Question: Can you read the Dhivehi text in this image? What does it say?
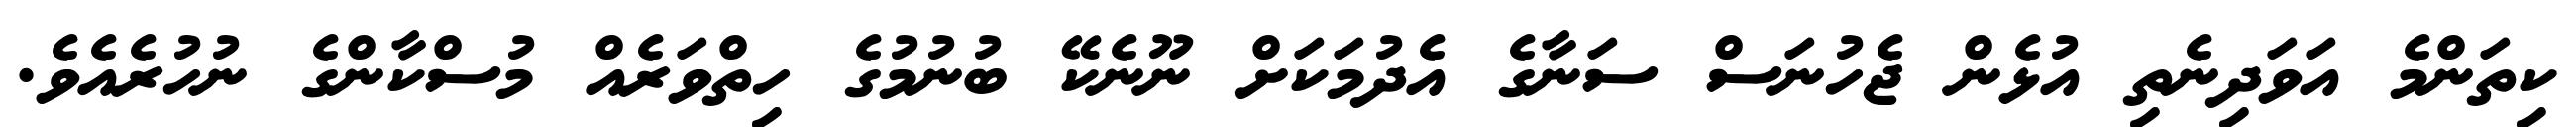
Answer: ކިތަންމެ އަވަދިނެތި އުޅެން ޖެހުނަސް ސަނާގެ އެދުމަކަށް ނޫނެކޭ ބުނުމުގެ ހިތްވަރެއް މުސްކާންގެ ނުހުރެއެވެ.